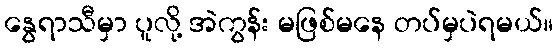
နွေရာသီမှာ ပူလို့ အဲကွန်း မဖြစ်မနေ တပ်မှပဲရမယ်။